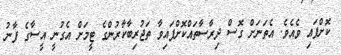
ކޮށްފައި ވެއެވެ. އެތަނަށް ގޮސް ދިރާސާތައްކޮށްފައިވާ ތަޖުރިބާކާރުންގެ ޓީމަށް އެގުނީ އީސާގެ ފާނު